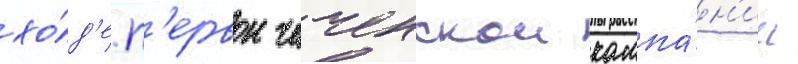
хо́д'е п'ервои чеченскои кампа́н'ии